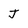
Character: J